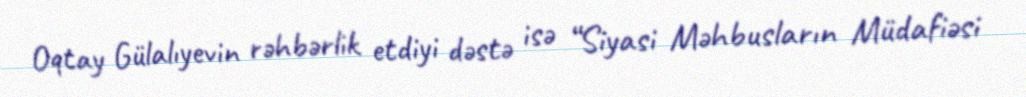
Oqtay Gülalıyevin rəhbərlik etdiyi dəstə isə “Siyasi Məhbusların Müdafiəsi